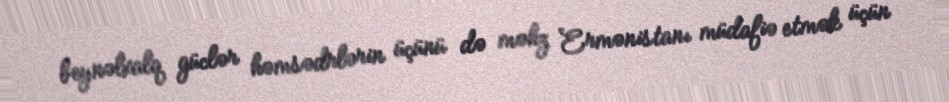
beynəlxalq güclər həmsədrlərin üçünü də məhz Ermənistanı müdafiə etmək üçün